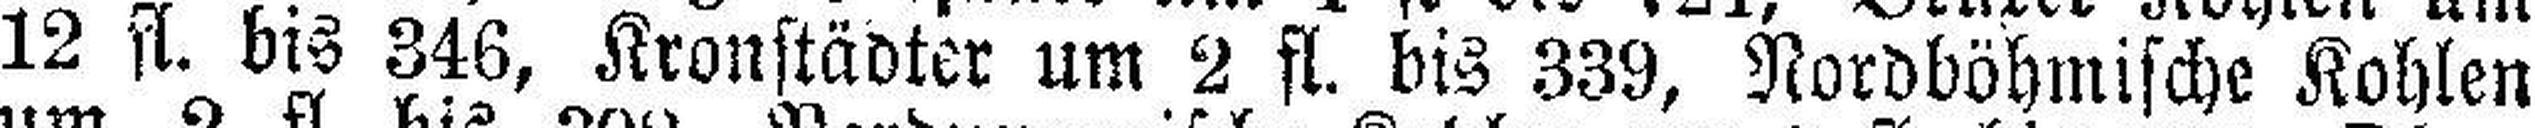
12 fl. bis 346, Kronstädter um 2 fl. bis 339, Nordböhmische Kohlen